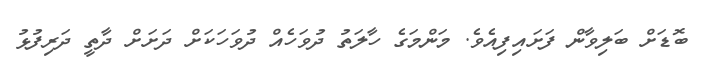
ބޮޑަށް ބަލިވާން ފަށައިފިއެވެ. މަންމަގެ ހާލަތު ދުވަހެއް ދުވަހަކަށް ދަށަށް ދާތީ ދަރިފުޅު